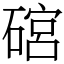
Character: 䃔